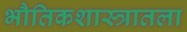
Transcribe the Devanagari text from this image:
भौतिकशास्त्रातला